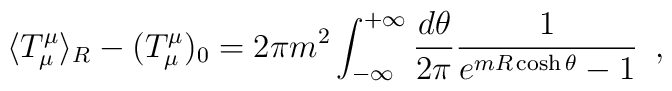
\langle T^\mu_\mu \rangle_R - (T_\mu^\mu)_0 = 2\pi m^2\int_{-\infty}^{+\infty}\frac{d\theta}{2\pi}\frac{1}{e^{mR \cosh\theta} -1} \,\,\,,